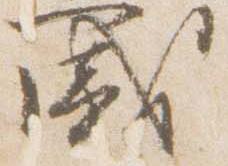
盛